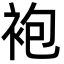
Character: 袍